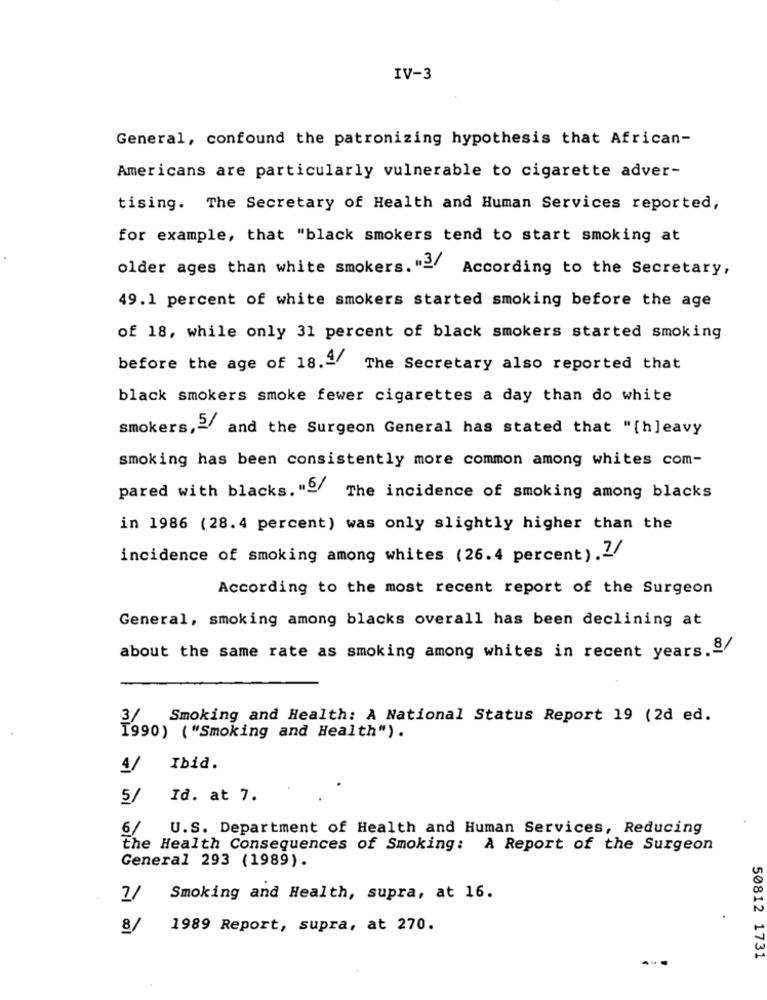
IV-3
General, confound the patronizing hypothesis that African-
Americans are particularly vulnerable to cigarette adver-
tising. The Secretary of Health and Human Services reported,
for example, that "black smokers tend to start smoking at
older ages than white smokers. "> According to the Secretary,
49.1 percent of white smokers started smoking before the age
of 18, while only 31 percent of black smokers started smoking
before the age of 18.ª The Secretary also reported that
black smokers smoke fewer cigarettes a day than do white
smokers,2/ and the Surgeon General has stated that "[h]eavy
smoking has been consistently more common among whites com-
pared with blacks. "º/ The incidence of smoking among blacks
in 1986 (28.4 percent) was only slightly higher than the
incidence of smoking among whites (26.4 percent) .2/
According to the most recent report of the Surgeon
General, smoking among blacks overall has been declining at
about the same rate as smoking among whites in recent years.8/
Smoking and Health: A National Status Report 19 (2d ed.
1990) ("Smoking and Health").
4/
Ibid.
5/
Id. at 7.
6/ U.S. Department of Health and Human Services, Reducing
the Health Consequences of Smoking: A Report of the Surgeon
General 293 (1989).
7/
Smoking and Health, supra, at 16.
8/
1989 Report, supra, at 270.
50812 1731